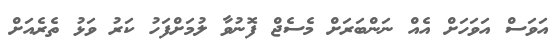
އަވަސް އަވަހަށް އެއް ނަންބަރަށް މެސެޖް ފޮނުވާ ލުމަށްފަހު ކަރު ވަޅު ތެރެއަށް